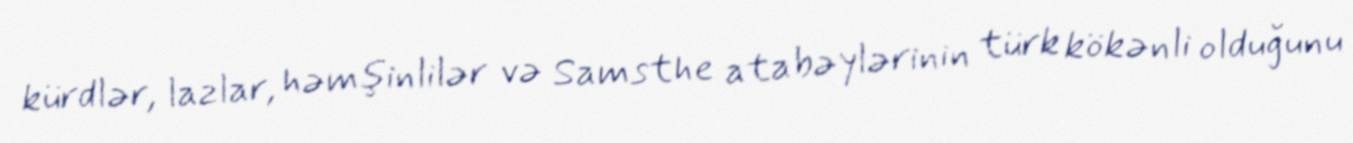
kürdlər, lazlar, həmşinlilər və Samsthe atabəylərinin türk kökənli olduğunu